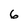
Character: 6